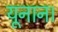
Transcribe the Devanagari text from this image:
यूनान।